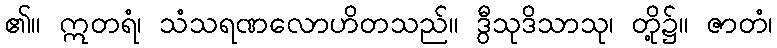
၏။ ဣတရံ၊ သံသရဏလောဟိတသည်။ ဒွီသုဒိသာသု၊ တို့၌။ ဇာတံ၊